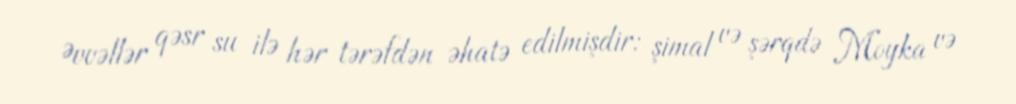
Əvvəllər qəsr su ilə hər tərəfdən əhatə edilmişdir: şimal və şərqdə Moyka və